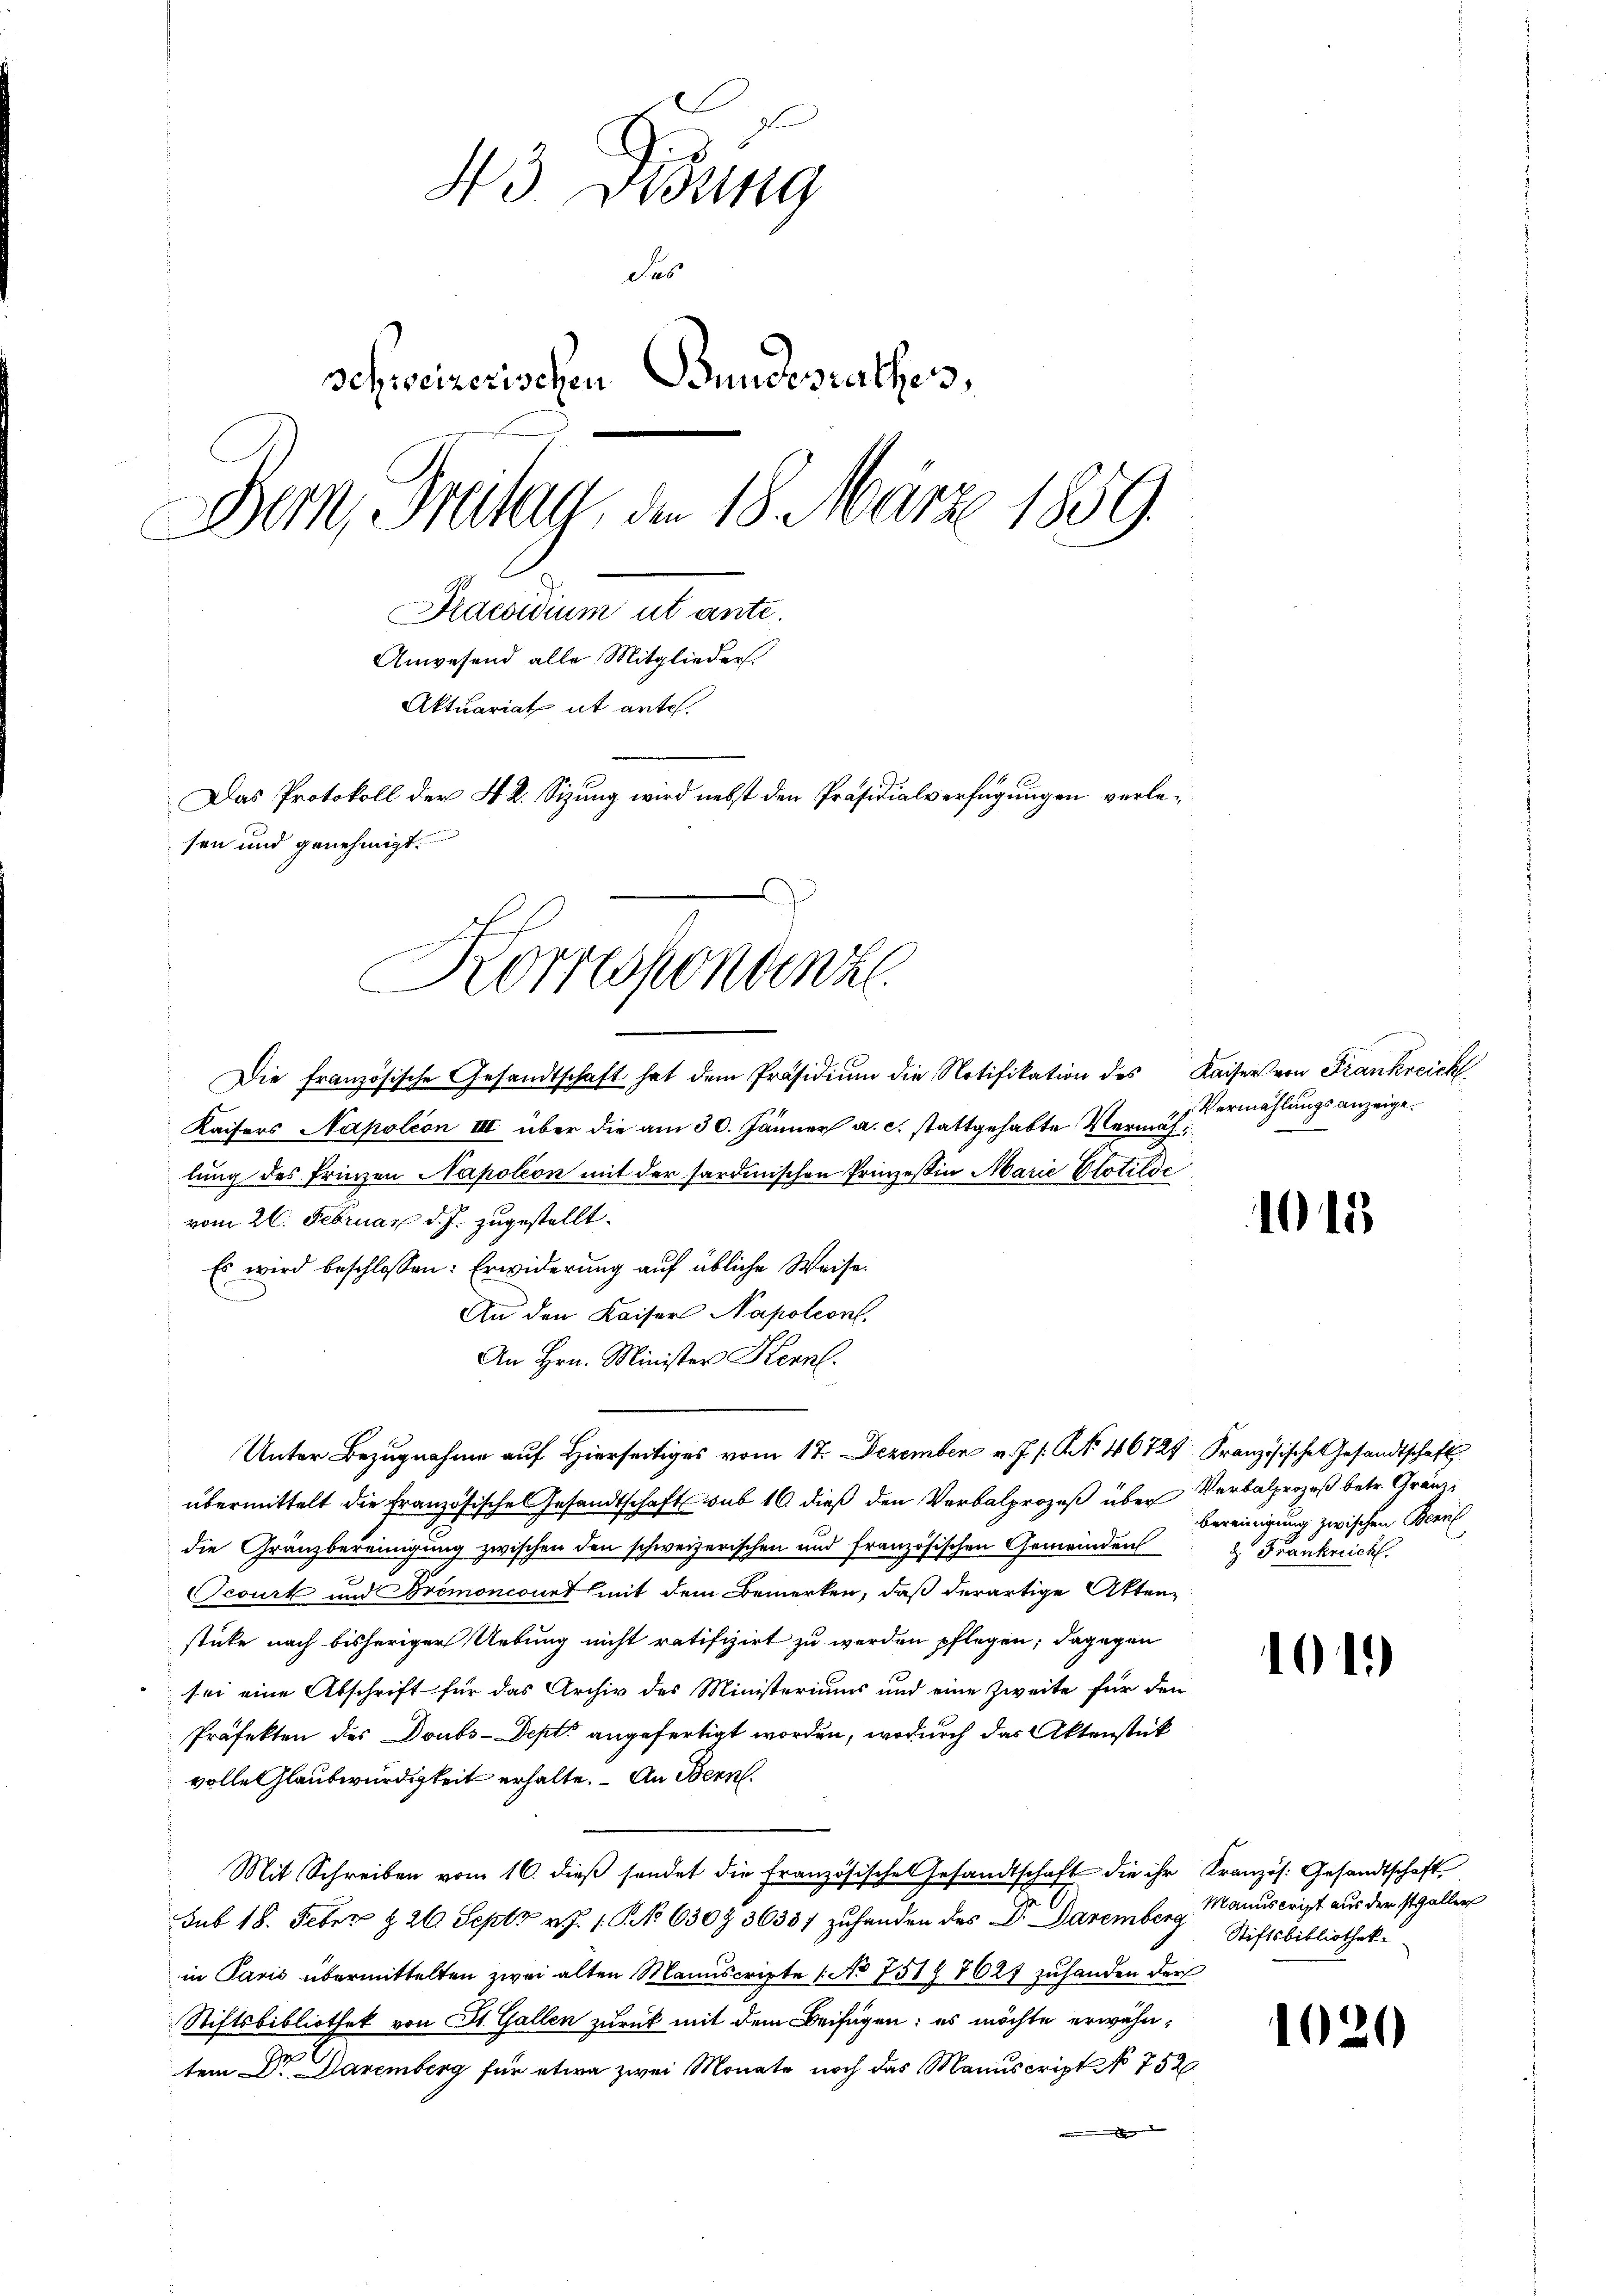
43 Disung
das
schweizerischen Bundesrathes,
Bern, Breitag, den 18. März 1859
Praesidium ut ante.
Anwesend alle Mitglieder.
Aktuariat it ante.
Das Protokoll der 42. Sizung wird nebst den Präsidialverfügungen verlesen und genehmigt.
Korrespondenz

Die französische Gesandtschaft hat dem Präsidium die Notifikation des Kaisers von Frankreich
Kaisers Napoleon III über die am 30. Jänner a. c. stattgehabte Vermächlung des Prinzen Napoleon mit der sardinischen Prinzessin Marie Glotilde
vom 26. Februar d. J. zugestellt.
Es wird beschlossen: Erwiderung auf übliche Weise:
An den Kaiser Napoleon,
An Hrn. Minister Kerl.
Unter Bezugnahme auf Hierseitiges vom 17. Dezember v. J. s. Art. 46724. Französische Gesandtschaft
übermittelt die französische Gesandtschaft sub 16 dieß den Verbalprozeß über Verbalprozeß betr. Gränzdie Gränzbereinigung zwischen den schweizerischen und französischen Gemeinden
Scourt und Bremoncourt mit dem Bemerken, daß derartige Aktenstüke nach bisheriger Uebung nicht ratifizirt zu werden pflegen; dagegen
sei eine Abschrift für das Archiv des Ministeriums und eine Zweite für den
Präfekten des Doubs-Depts angefertigt worden, wodurch das Aktenstück
volle Glaubwürdigkeit erhalte. An Bern.
Mit Schreiben vom 16. dieß sendet die französische Gesandtschaft die ihr Kranzös. Gesandtschaft
Sub 18. Feber § 26. Sept v. J. 1. No 6307 36387 zuhanden des Dr. Daremberg Stiftsbibliothek
in Paris übermittelten zwei alten Manuscripte (No 751 8627 zuhanden der
Stiftsbibliothek von St. Gallen zurück mit dem Beifügen: es möchte erwähntem Dr. Davemberg für etwa zwei Monate noch das Manuscript No 752.
e

Vermählungsanzeige.

1015

bereinirung zwischen Beruf
d Frankreich

101)

Manuscript aus der steller

1020